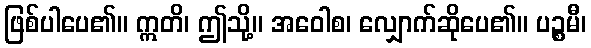
ဖြစ်ပါပေ၏။ ဣတိ၊ ဤသို့။ အဝေါစ၊ လျှောက်ဆိုပေ၏။ ပဉ္စမီ၊